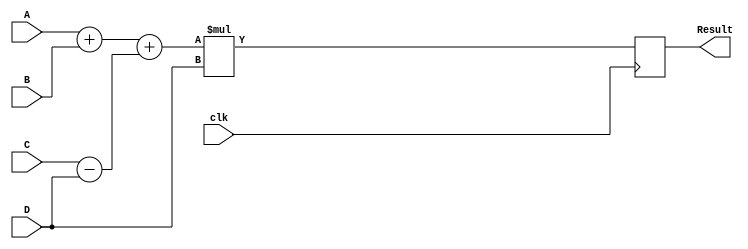
module pipeline(A,B,C,D,Result,clk);
input [5:0] A,B,C,D;
input clk;
output [12:0] Result;
reg [6:0] x1,x2,x3;
reg [5:0] d1,d2;
reg [12:0] f1;
assign Result = f1;

always @(posedge clk)
begin
	x1 = A+B;
	x2 = C-D;
	d1 = D;

	x3 = x1 + x2;
	d2 = d1;

	f1 = x3 * d2;
end
endmodule